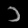
Digit: ၁